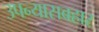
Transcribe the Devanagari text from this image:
उपन्यासबहार